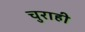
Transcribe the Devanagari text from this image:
चुराही